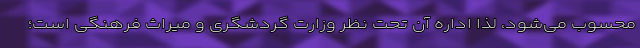
محسوب می‌شود، لذا اداره آن تحت نظر وزارت گردشگری و میراث فرهنگی است؛